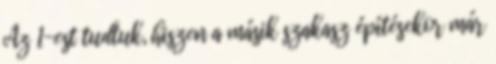
Az 1-est tudtuk, hiszen a másik szakasz építésekor már